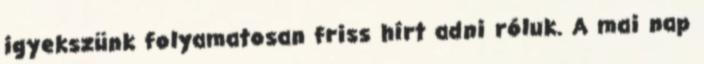
igyekszünk folyamatosan friss hírt adni róluk. A mai nap